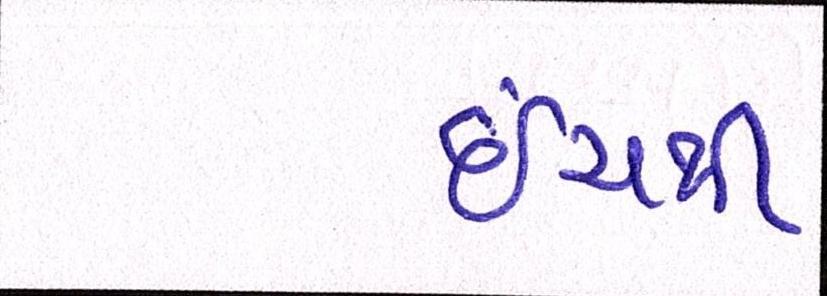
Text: ઇંચથી